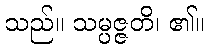
သည်။ သမ္ပဇ္ဇတိ၊ ၏။